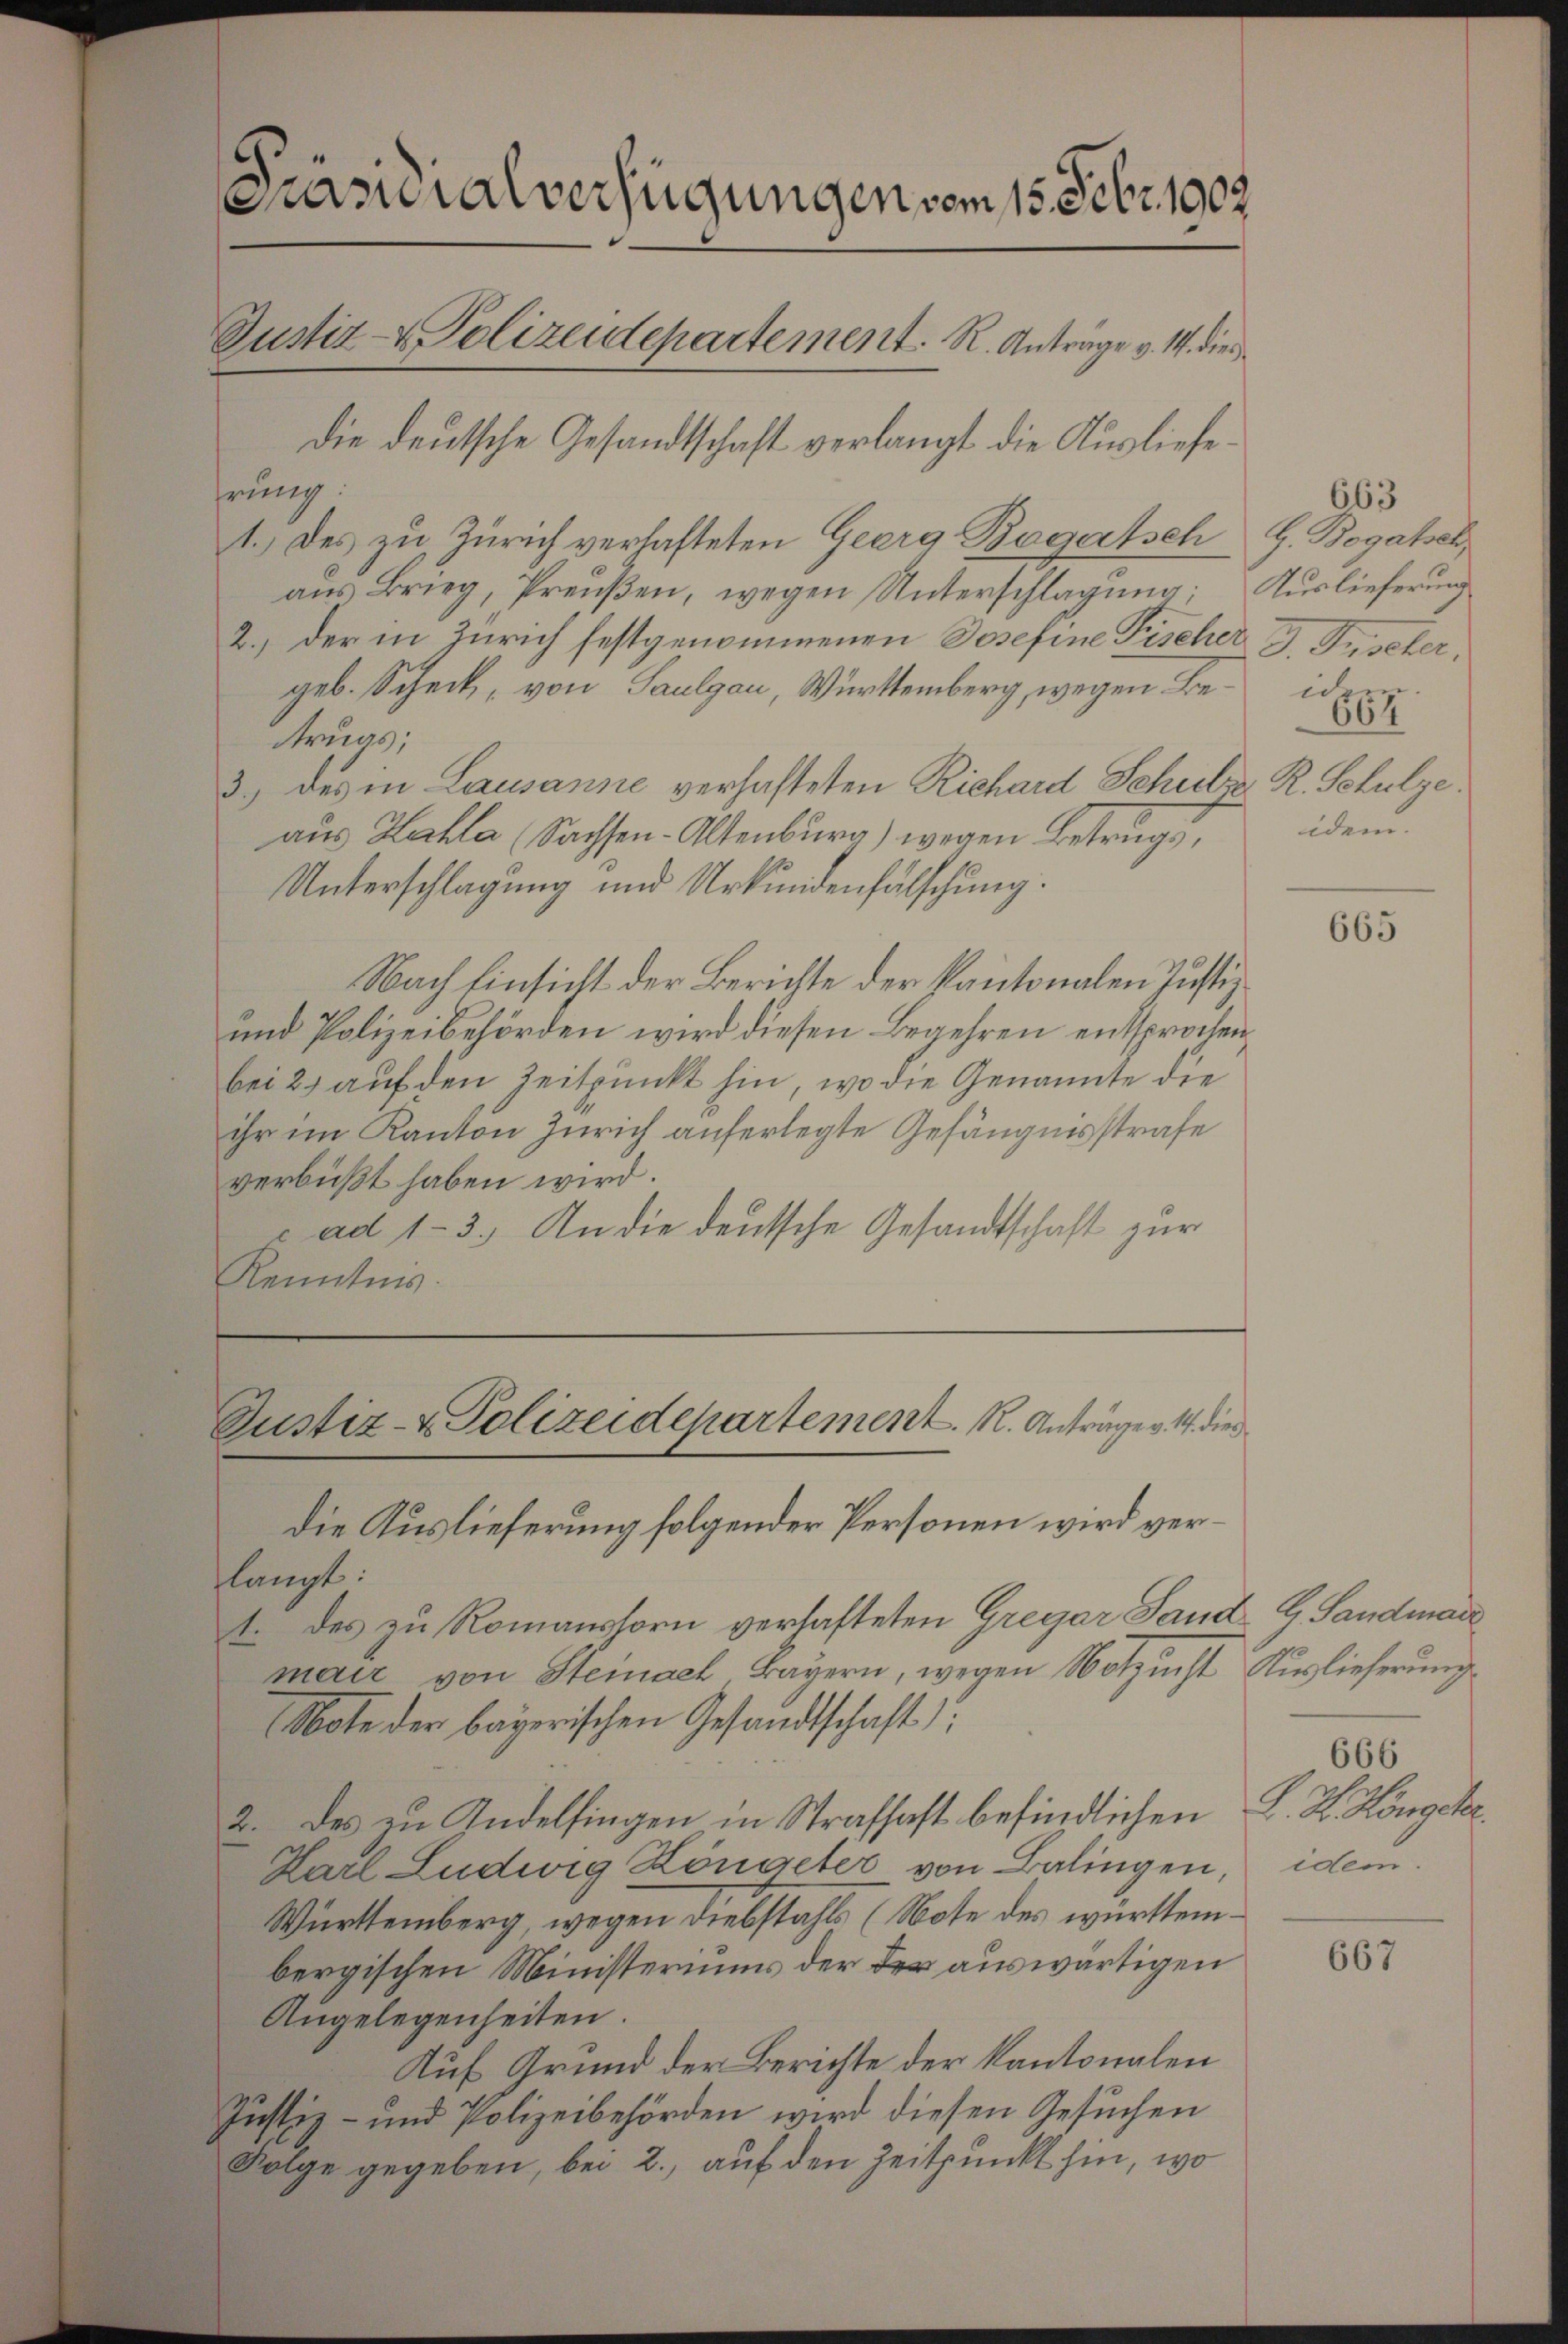
Prasialverfügungen vom 15. Febr. 1902.
Justiz- & Polizeidepartement. R. Antrage v. M. dies
die deutsche Gesandtschaft verlangt die Ausliefe¬

Justiz- & Polizeidepartement. R. Anträge v. M. dies
die Auslieferung folgender Personen wird ver¬

hrung:
1.) Des zu Zürich verhafteten Georg Bagatsch
aŭs Brieg, Preŭβen, wegen Unterschlagung:
2.) der in Zürich festgenommenen Josefine Fischer J. Fischer,
geb. Scheck, von Saulgau, Württemberg, wegen Be¬
Aruas;
3.) des in Lausanne verhafteten Richard Schulze R. Schulze.
aus Zahla (Sachsen-Altenburg) wegen Betrugs
Unterschlagung und Urkundenfälschung.
Nach Einsicht der Berichte der Kantonalen Justiz¬
und Polizeibehörden wird diesen Begehren entsprochen
bei 2 auf den Zeitpunkt hin, wo die Genannte die
ihr im Kanton Zürich auferlegte Gefängnisstrafe
verbüßt haben wird.
& ad 13. An die deutsche Gesandtschaft zur
Kenntnis.

langt:
t. des zu Romanshorn verlasteten Gregar Land G. Sandmar
mair von Steinach Bayern, wegen Notzucht Auslieferung
Note der bayerischen Gesandtschaft
2. des zu Andelfingen in Strafhaft befindlichen S. K. Hongetr
Karl Ludwig Köngeter von Balingen, idem
Württemberg, wegen Diebstahls (Note des württembergischen Ministeriums der der auswärtigen
Angelegenheiten.
Auf Grund der Berichte der Kantonalen
Justiz- und Polizeibehörden wird diesen Gesŭchen
Folge gegeben, bei 2., auf den Zeitpunkt hin, wo

663
G. Begabsch,
Auslieferung
ider
667
idem

665

666

667